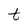
Character: t